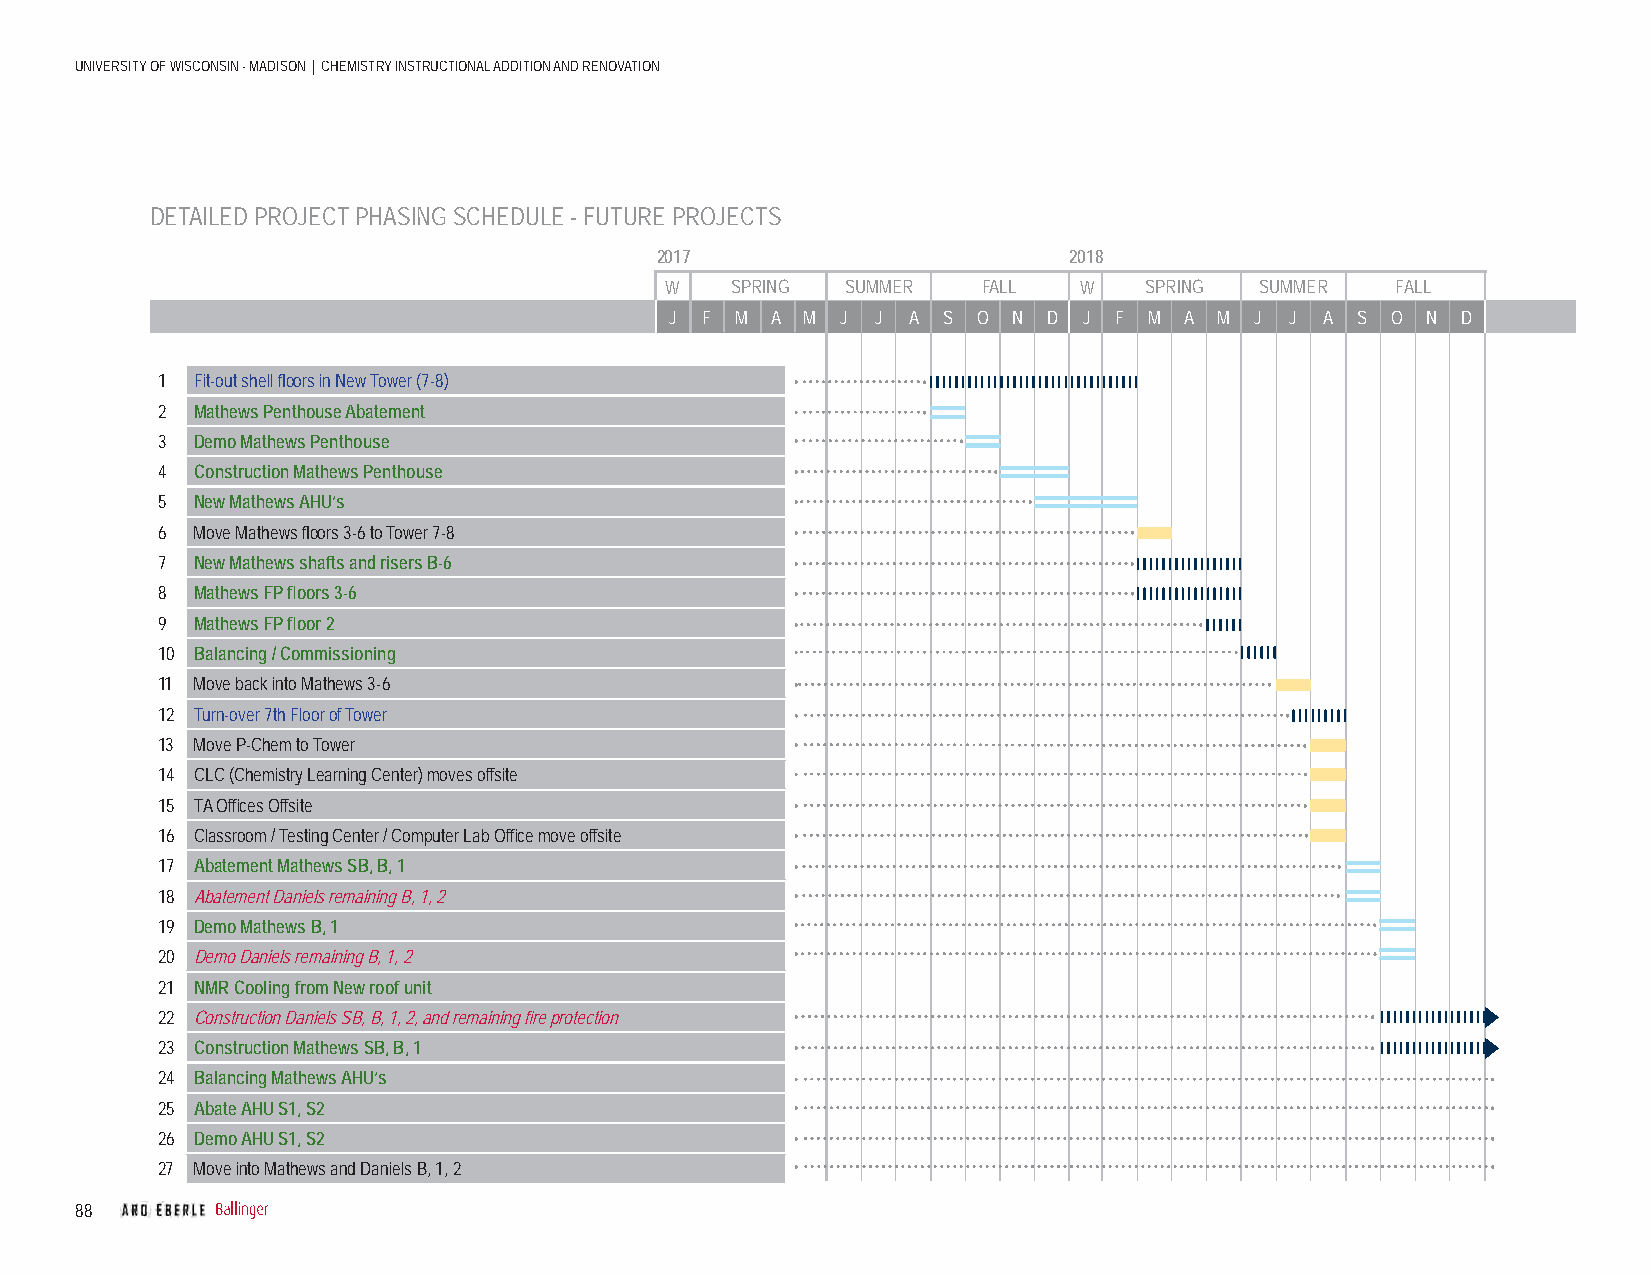
UNIVERSITY OF WISCONSIN - MADISON | CHEMISTRY INSTRUCTIONAL ADDITION AND RENOVATION
 DETAILED PROJECT PHASING SCHEDULE - FUTURE PROJECTS
 2017                        2018
 W   SPRING  SUMMER   FALL  W    SPRING SUMMER   FALL
 J F  M A M  J J A S  O N D  J F M A  M J J  A S O N  D
 1  Fit-out shell fl oors in New Tower (7-8)
 2  Mathews Penthouse Abatement
 3  Demo Mathews Penthouse
 4  Construction Mathews Penthouse
 5  New Mathews AHU’s
 6  Move Mathews fl oors 3-6 to Tower 7-8
 7  New Mathews shafts and risers B-6
 8  Mathews FP fl oors 3-6
 9  Mathews FP fl oor 2
 10 Balancing / Commissioning
 11 Move back into Mathews 3-6
 12 Turn-over 7th Floor of Tower
 13 Move P-Chem to Tower
 14 CLC (Chemistry Learning Center) moves offsite
 15 TA Offi ces Offsite
 16 Classroom / Testing Center / Computer Lab Offi ce move offsite
 17 Abatement Mathews SB, B, 1
 18 Abatement Daniels remaining B, 1, 2
 19 Demo Mathews B, 1
 20 Demo Daniels remaining B, 1, 2
 21 NMR Cooling from New roof unit
 22 Construction Daniels SB, B, 1, 2, and remaining fi re protection
 23 Construction Mathews SB, B, 1
 24 Balancing Mathews AHU’s
 25 Abate AHU S1, S2
 26 Demo AHU S1, S2
 27 Move into Mathews and Daniels B, 1, 2
 88